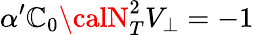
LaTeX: \alpha^{\prime}{\cal\mathbb{C}}_{0}{\calN}_{T}^{2}V_{\bot}=-1